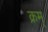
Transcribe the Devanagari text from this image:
क्रम्